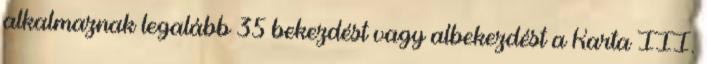
alkalmaznak legalább 35 bekezdést vagy albekezdést a Karta III.